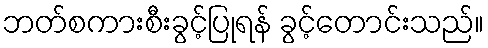
ဘတ်စကားစီးခွင့်ပြုရန် ခွင့်တောင်းသည်။